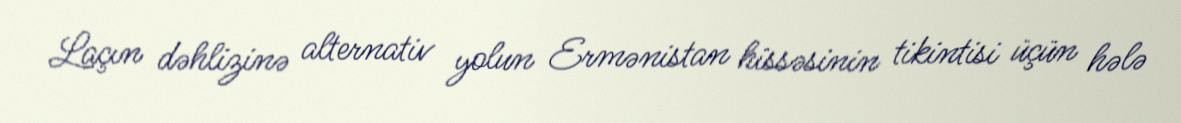
Laçın dəhlizinə alternativ yolun Ermənistan hissəsinin tikintisi üçün hələ